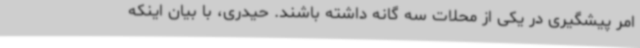
امر پیشگیری در یکی از محلات سه گانه داشته باشند. حیدری، با بیان اینکه